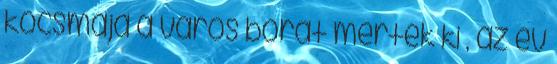
kocsmája a város borát mérték ki , az év